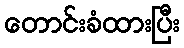
တောင်းခံထားပြီး